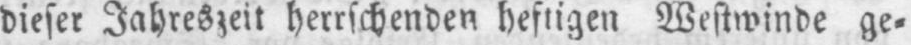
dieser Jahreszeit herrschenden heftigen Westwinde ge⸗